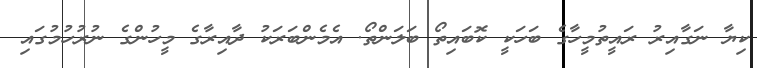
ކިޔާ ނަގާއިރު ރައީތުމީހާގެ ބަހަކީ ކޮބައިތޯ ބަލަންތޯ. އެމެންބަރަކު ދާއިރާގެ މީހުންގެ ނުރުހުމުގައި